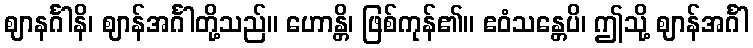
ဈာနင်္ဂါနိ၊ ဈာန်အင်္ဂါတို့သည်။ ဟောန္တိ၊ ဖြစ်ကုန်၏။ ဧဝံသန္တေပိ၊ ဤသို့ ဈာန်အင်္ဂါ